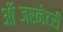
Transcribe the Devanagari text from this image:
ऑब्जरव्हेटरी